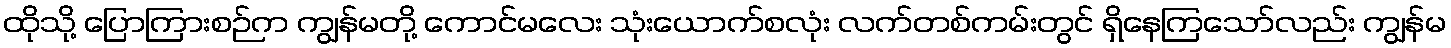
ထိုသို့ ပြောကြားစဉ်က ကျွန်မတို့ ကောင်မလေး သုံးယောက်စလုံး လက်တစ်ကမ်းတွင် ရှိနေကြသော်လည်း ကျွန်မ